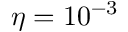
\eta = 1 0 ^ { - 3 }